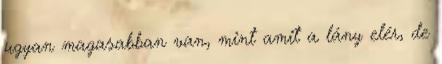
ugyan magasabban van, mint amit a lány elér, de